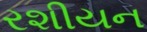
રશીયન